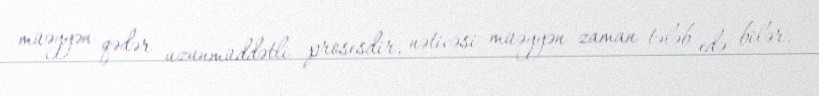
müəyyən qədər uzunmüddətli prosesdir, nəticəsi müəyyən zaman tələb edə bilər.